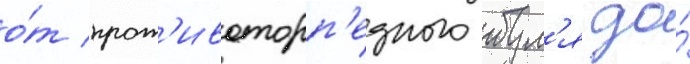
о́т прот'ивоторп'едного бул'я до́